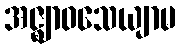
အဇ္ဈာဝသေယျာမ